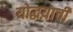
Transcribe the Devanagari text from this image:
योद्धय़ाची